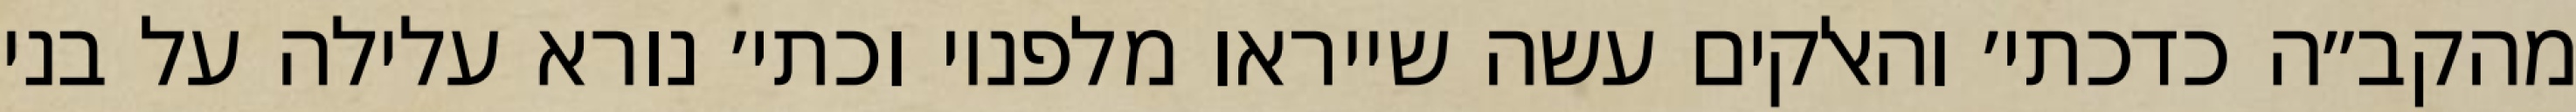
מהקב״ה כדכתי׳ והאלקים עשה שייראו מלפניו וכתי׳ נורא עלילה על בני